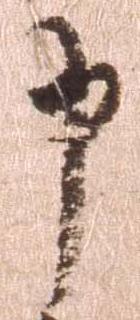
申